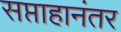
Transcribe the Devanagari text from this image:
सप्ताहानंतर